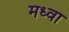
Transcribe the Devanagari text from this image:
मध्वा